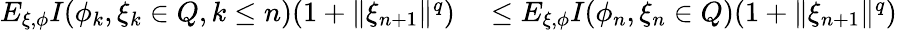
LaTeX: \begin{array}{rl}{E_{\xi,\phi}{I(\phi_{k},\xi_{k}\in Q,k\le n)(1+\| \xi_{n+1}\| ^{q})}}&{{}\le E_{\xi,\phi}{I(\phi_{n},\xi_{n}\in Q)(1+\| \xi_{n+1}\| ^{q})}}\end{array}